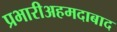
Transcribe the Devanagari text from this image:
प्रभारीअहमदाबाद